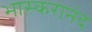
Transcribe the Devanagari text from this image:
भास्‍करानंद